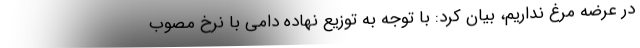
در عرضه مرغ نداریم، بیان کرد: با توجه به توزیع نهاده دامی با نرخ مصوب